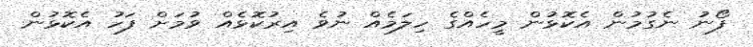
ފޯނު ނެގުމުން އެކޮޅުން މީހެއްގެ ހިލަމެއް ނުވެ އިރުކޮޅެއް ވުމަށް ފަހު އެކޮޅުން